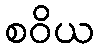
စဝိယ